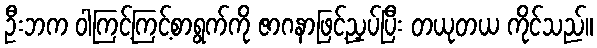
ဦးဘက ဝါကြင့်ကြင့်စာရွက်ကို ဇာဂနာဖြင့်ညှပ်ပြီး တယုတယ ကိုင်သည်။